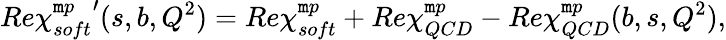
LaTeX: Re{\chi_{soft}^{\mathtt{m}p}}^{\prime}(s,b,Q^{2})=Re\chi_{soft}^{\mathtt{m}p}+Re\chi_{QCD}^{\mathtt{m}p}-Re\chi_{QCD}^{\mathtt{m}p}(b,s,Q^{2}),